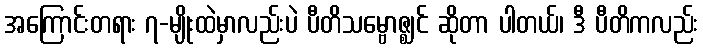
အကြောင်းတရား ၇-မျိုးထဲမှာလည်းပဲ ပီတိသမ္ဗောဇ္ဈင် ဆိုတာ ပါတယ်၊ ဒီ ပီတိကလည်း